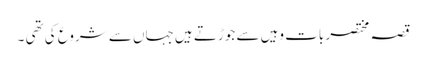
قصہ مختصر بات وہیں سے جوڑتے ہیں جہاں سے شروع کی تھی ۔